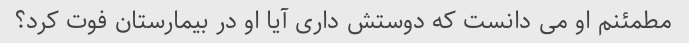
مطمئنم او می دانست که دوستش داری آیا او در بیمارستان فوت کرد؟